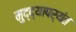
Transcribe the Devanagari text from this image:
मुद्द्‍यापर्यंत